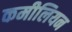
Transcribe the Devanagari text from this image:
कमीलियन